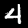
Digit: 4